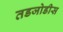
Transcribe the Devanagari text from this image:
तडजोडीस